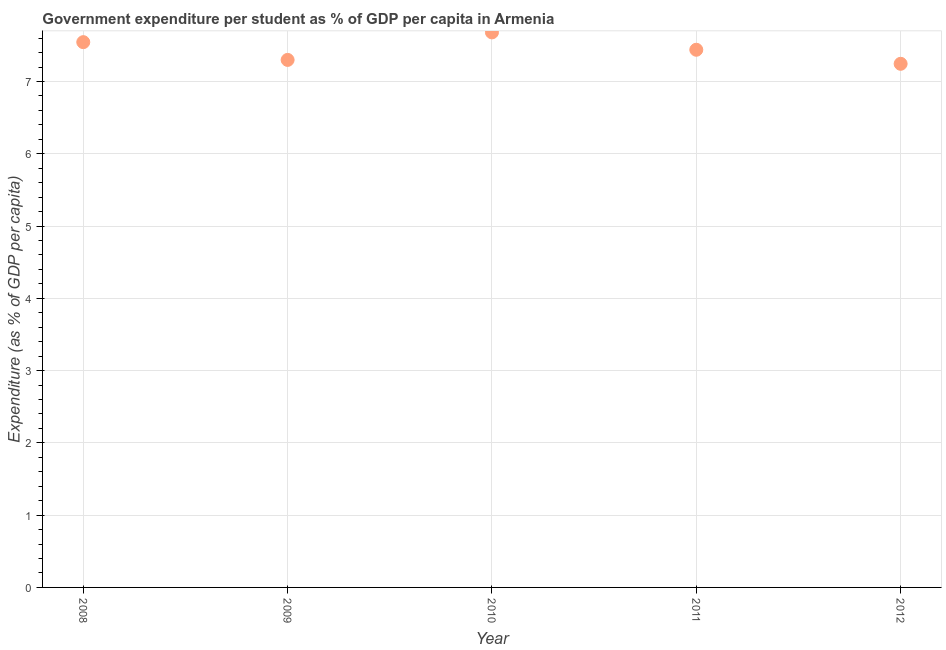
| Year | Government expenditure per tertiary student |
 | --- | --- |
 | 2008 | 7.54 |
 | 2009 | 7.3 |
 | 2010 | 7.68 |
 | 2011 | 7.44 |
 | 2012 | 7.24 |